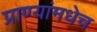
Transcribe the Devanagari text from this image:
प्राण्यांमधेच